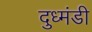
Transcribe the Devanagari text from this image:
दुध्मंडी